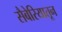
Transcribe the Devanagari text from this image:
सैबेरियातून